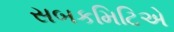
સબકમિટિએ